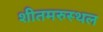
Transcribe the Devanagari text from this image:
शीतमरुस्थल